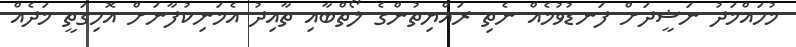
މުހައްމަދު ނަޝީދަށް ފަނޑުވުމެއް ނެތި ރައްޔިތުންގެ ލޯތްބާއި ތާއިދު އެމަނިކުފާނަށް އޮހިގަތީ މަދެއް